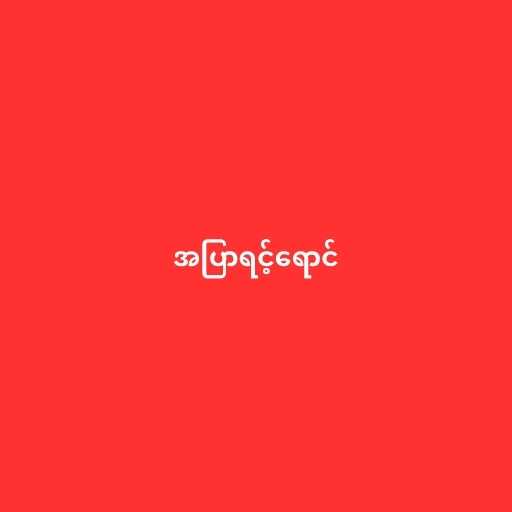
အပြာရင့်ရောင်